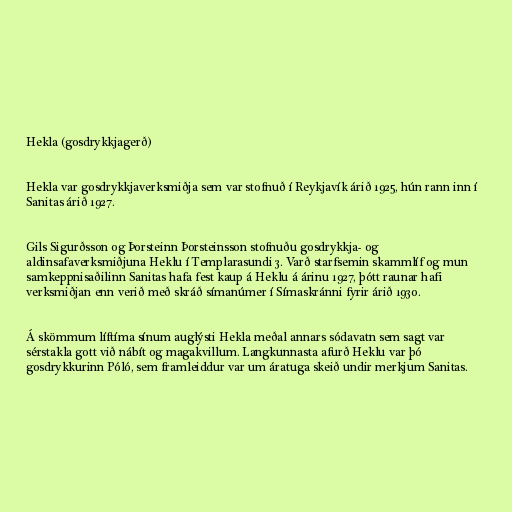
Hekla (gosdrykkjagerð)

Hekla var gosdrykkjaverksmiðja sem var stofnuð í Reykjavík árið 1925, hún rann inn í
Sanitas árið 1927.

Gils Sigurðsson og Þorsteinn Þorsteinsson stofnuðu gosdrykkja- og
aldinsafaverksmiðjuna Heklu í Templarasundi 3. Varð starfsemin skammlíf og mun
samkeppnisaðilinn Sanitas hafa fest kaup á Heklu á árinu 1927, þótt raunar hafi
verksmiðjan enn verið með skráð símanúmer í Símaskránni fyrir árið 1930.

Á skömmum líftíma sínum auglýsti Hekla meðal annars sódavatn sem sagt var
sérstakla gott við nábít og magakvillum. Langkunnasta afurð Heklu var þó
gosdrykkurinn Póló, sem framleiddur var um áratuga skeið undir merkjum Sanitas.